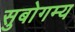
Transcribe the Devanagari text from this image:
सुबोगम्य